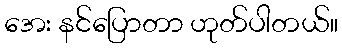
အေး နင်ပြောတာ ဟုတ်ပါတယ်။